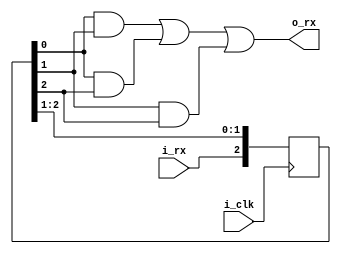
module MAJORITY_FILTER_3
(
	input i_clk,
	input i_rx,

	output wire o_rx
);
	reg [2:0] rx_lock = 3'b111;

	assign o_rx = (rx_lock[0] & rx_lock[1]) | (rx_lock[0] & rx_lock[2]) | (rx_lock[1] & rx_lock[2]);
	
	always @(posedge i_clk) begin
		rx_lock <= { i_rx, rx_lock[2:1] };
	end
endmodule